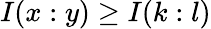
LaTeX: I(x:y)\geq I(k:l)